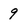
Character: 9